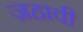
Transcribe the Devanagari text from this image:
ज़हावी